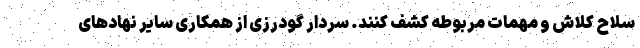
سلاح کلاش و مهمات مربوطه کشف کنند. سردار گودرزی از همکاری سایر نهادهای